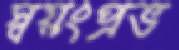
স্বয়ংপ্রভ